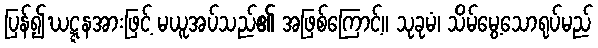
ပြန်၍ဃဋ္ဋနအားဖြင့် မယူအပ်သည်၏ အဖြစ်ကြောင့်။ သုခုမံ၊ သိမ်မွေ့သောရုပ်မည်